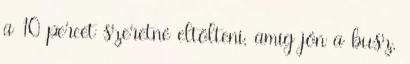
a 10 percet szeretné eltölteni, amíg jön a busz.